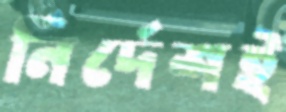
নির্দেশই